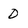
Character: D